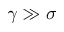
\gamma \gg \sigma